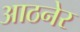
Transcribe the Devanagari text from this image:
आठनेर